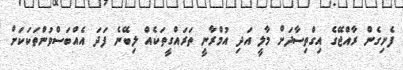
ފެށިގެން ރާއްޖޭގެ އިގްތިސާދަށް މާލީ އަދި އުމްރާނީ ތަރައްގީތަކެއް ލިބޭނެ ފަދަ އެއްބަސްވުންތަކަކަށް